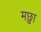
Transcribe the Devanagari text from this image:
मछ्वा